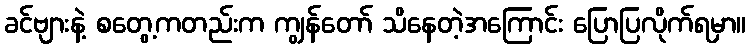
ခင်ဗျားနဲ့ စတွေ့ကတည်းက ကျွန်တော် သိနေတဲ့အကြောင်း ပြောပြလိုက်ရမှာ။